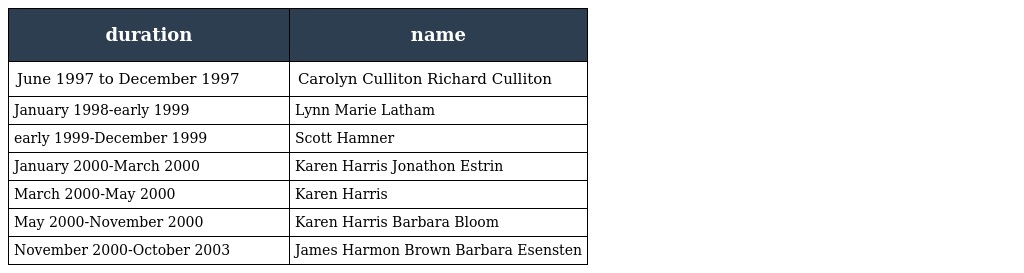
| duration | name |
 | --- | --- |
 | June 1997 to December 1997 | Carolyn Culliton Richard Culliton |
 | January 1998-early 1999 | Lynn Marie Latham |
 | early 1999-December 1999 | Scott Hamner |
 | January 2000-March 2000 | Karen Harris Jonathon Estrin |
 | March 2000-May 2000 | Karen Harris |
 | May 2000-November 2000 | Karen Harris Barbara Bloom |
 | November 2000-October 2003 | James Harmon Brown Barbara Esensten |